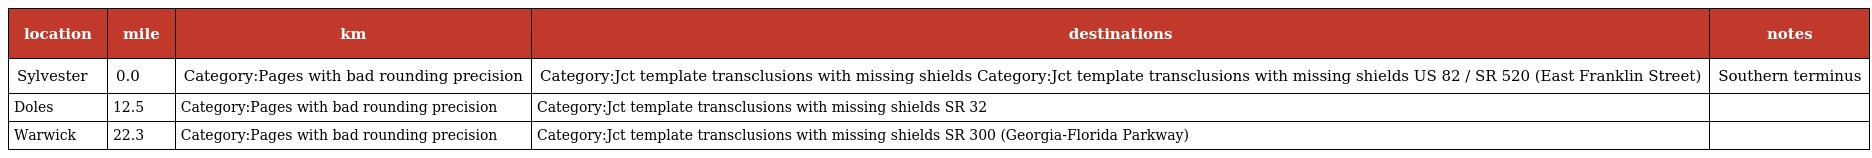
| location | mile | km | destinations | notes |
 | --- | --- | --- | --- | --- |
 | Sylvester | 0.0 | Category:Pages with bad rounding precision | Category:Jct template transclusions with missing shields Category:Jct template transclusions with missing shields US 82 / SR 520 (East Franklin Street) | Southern terminus |
 | Doles | 12.5 | Category:Pages with bad rounding precision | Category:Jct template transclusions with missing shields SR 32 |  |
 | Warwick | 22.3 | Category:Pages with bad rounding precision | Category:Jct template transclusions with missing shields SR 300 (Georgia-Florida Parkway) |  |